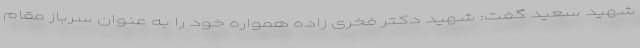
شهید سعید گفت: شهید دکتر فخری زاده همواره خود را به عنوان سرباز مقام